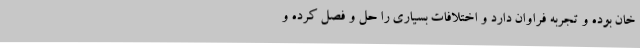
خان بوده و تجربه فراوان دارد و اختلافات بسیاری را حل و فصل کرده و